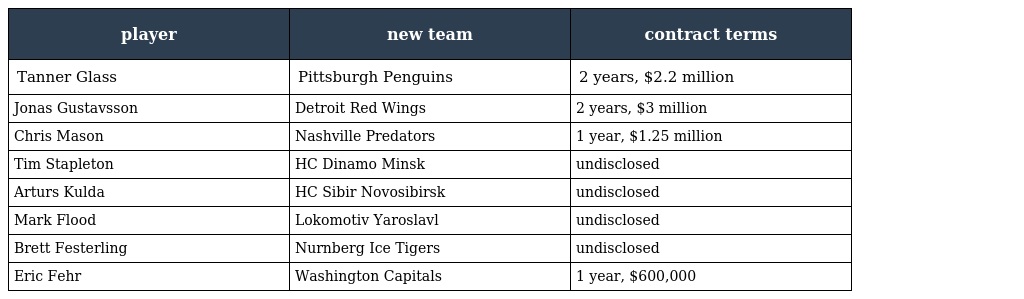
| player | new team | contract terms |
 | --- | --- | --- |
 | Tanner Glass | Pittsburgh Penguins | 2 years, $2.2 million |
 | Jonas Gustavsson | Detroit Red Wings | 2 years, $3 million |
 | Chris Mason | Nashville Predators | 1 year, $1.25 million |
 | Tim Stapleton | HC Dinamo Minsk | undisclosed |
 | Arturs Kulda | HC Sibir Novosibirsk | undisclosed |
 | Mark Flood | Lokomotiv Yaroslavl | undisclosed |
 | Brett Festerling | Nurnberg Ice Tigers | undisclosed |
 | Eric Fehr | Washington Capitals | 1 year, $600,000 |